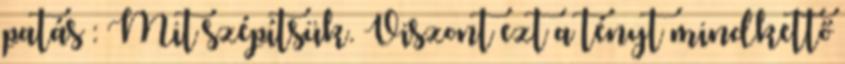
patás : Mit szépítsük. Viszont ezt a tényt mindkettő